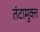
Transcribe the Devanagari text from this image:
तंटामुक्‍त